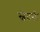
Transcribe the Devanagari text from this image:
स्वेदनी